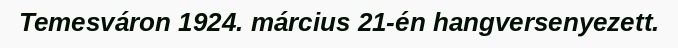
Temesváron 1924. március 21-én hangversenyezett.